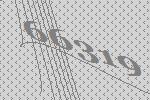
66319